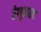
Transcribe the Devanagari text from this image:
रेणुकाला